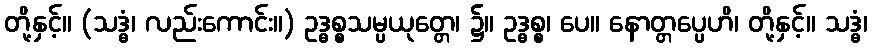
တို့နှင့်။ (သဒ္ဓံ၊ လည်းကောင်း။) ဥဒ္ဓစ္စသမ္ပယုတ္တေ၊ ၌။ ဥဒ္ဓစ္စ၊ ပေ။ နောတ္တပ္ပေဟိ၊ တို့နှင့်။ သဒ္ဓံ၊